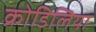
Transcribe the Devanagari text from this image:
क्रोडिलिया